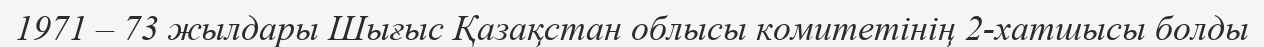
1971 – 73 жылдары Шығыс Қазақстан облысы комитетінің 2-хатшысы болды